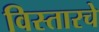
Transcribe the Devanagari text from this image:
विस्तारचे